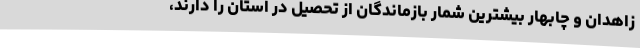
زاهدان و چابهار بیشترین شمار بازماندگان از تحصیل در استان را دارند،